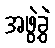
အဖွဲ့ခွဲ